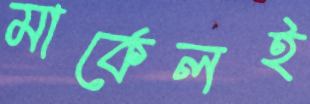
মার্কেলই